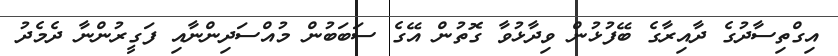
އިގްތިސާދުގެ ދާއިރާގެ ބޭފުޅުން ވިދާޅުވާ ގޮތުން އޭގެ ސަބަބުން މުއްސަދިންނާއި ފަގީރުންނާ ދެމެދު